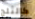
كالثلج